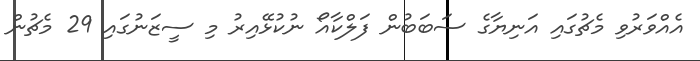
އެއްވަރުވި މެޗުގައި އަނިޔާގެ ސަބަބުން ފަލްކާއޯ ނުކުޅޭއިރު މި ސީޒަނުގައި 29 މެޗުން